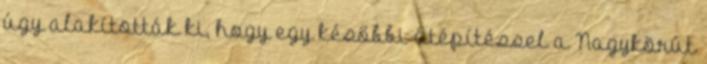
úgy alakították ki, hogy egy későbbi átépítéssel a Nagykörút